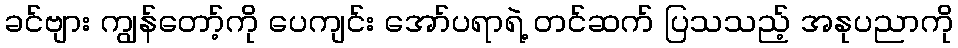
ခင်ဗျား ကျွန်တော့်ကို ပေကျင်း အော်ပရာရဲ့ တင်ဆက် ပြသသည့် အနုပညာကို